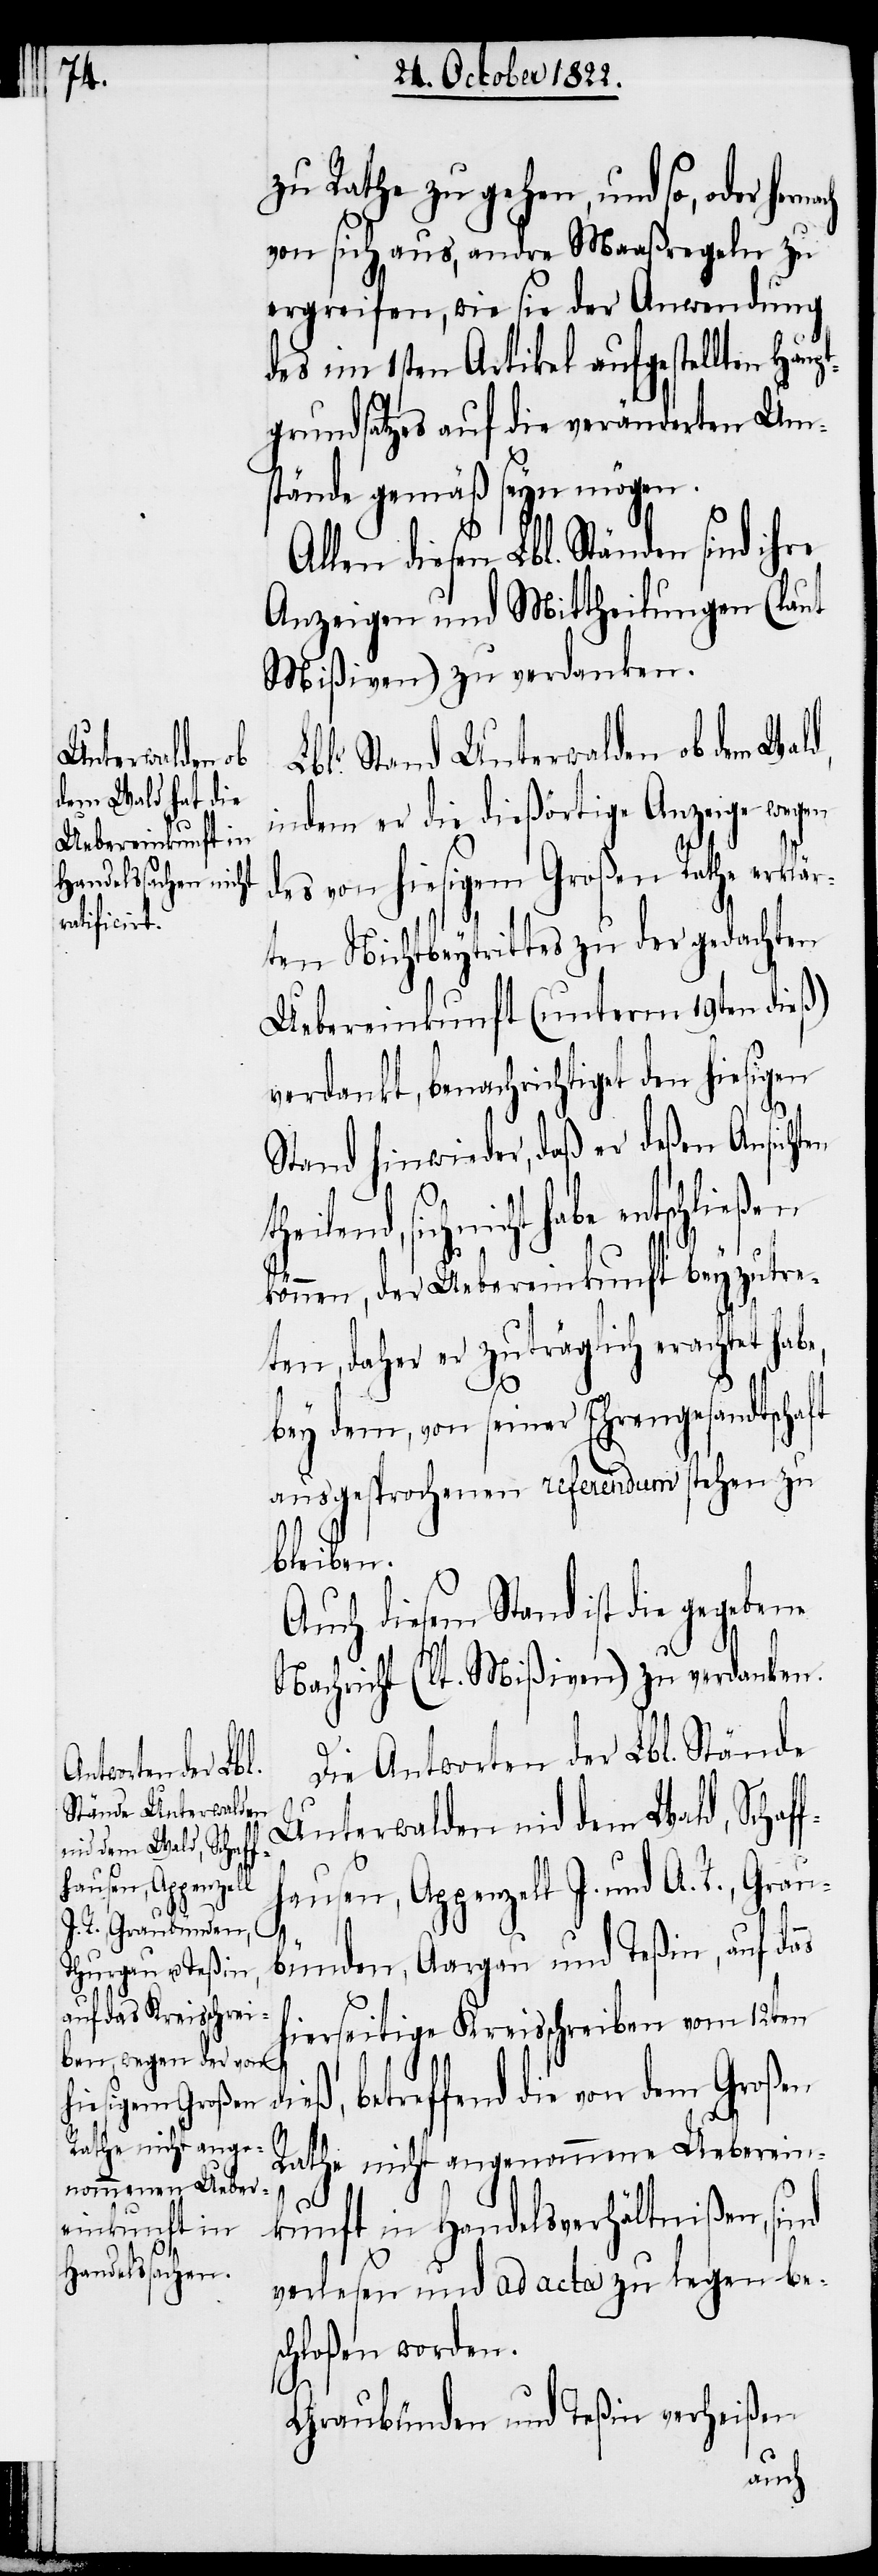
zu Rathe zu gehen, und so, oder
von sich aus, andre Maaßregeln zu
ergreifen, wie sie der Anwendung
des im 1sten Artikel aufgestellten Hau¬
grundsatzes auf die veränderten Um¬
stände gemäß seyn mögen.
llen diesen Lbl. Ständen sind ihre
Anzeigen und Mittheilungen (laut
Mißiven) zu verdanken.
Lblr. Stand Unterwalden ob dem Wald,
indem er die dießörtige Anzeige wegen
des von hiesigem Großen Rathe erklär¬
ten Nichtbeytrittes zu der gedachten
Uebereinkunft (unterm 19ten dieß)
verdankt, benachrichtiget den hiesigen
Stand hinwieder, daß er deßen Ansichten
sich nicht habe entschließen
können, der Uebereinkunft beyzutre¬
ten, daher er zuträglich erachtet hab¬
bey dem, von seiner Ehrengesandtschaft
ausgesprochenen referendum stehen zu
bleiben.
Auch diesem Stand ist die gegebene
Nachricht (lt. Mißiven) zu verdanken.
Die Antworten der Lbl. Stände
Unterwalden nid dem Wald, Schaf¬
ausen, Appenzell I. und A. R., Grau¬
di¬
bünden, Aargau und Teßin, auf das
hierseitige Kreisschreiben vom 12ten
eß, betreffend die von dem Großen
Rathe nicht angenommene Ueberein¬
kunft in Handelsverhältnißen, sind
verlesen und ad acta zu legen bes¬
chloßen worden.
Graubünden und Teßin verheißen